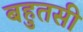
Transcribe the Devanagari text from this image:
बहुतसी